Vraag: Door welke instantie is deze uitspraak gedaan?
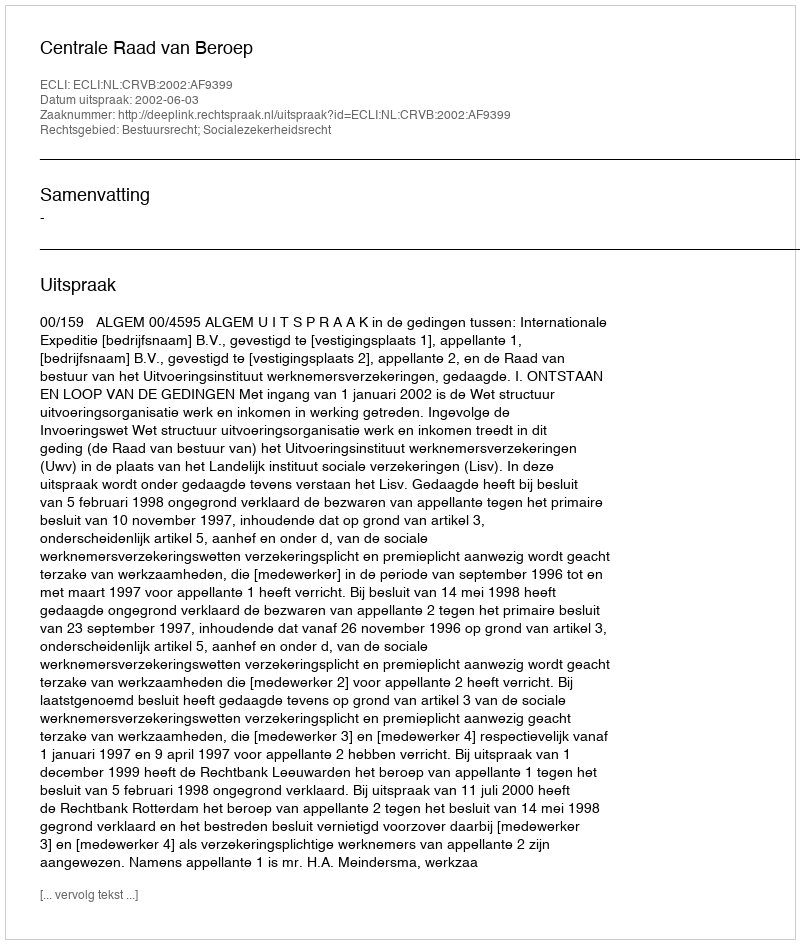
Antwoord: Centrale Raad van Beroep